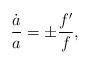
LaTeX: \begin{align*}{\dot{a}\over a} = \pm {f'\over f},\end{align*}